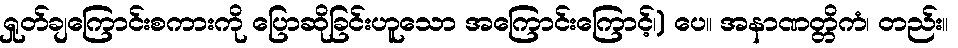
ရှုတ်ချကြောင်းစကားကို ပြောဆိုခြင်းဟူသော အကြောင်းကြောင့်၊) ပေ။ အနာဏတ္တိကံ၊ တည်း။